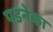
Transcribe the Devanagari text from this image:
पडनेका